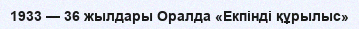
1933 — 36 жылдары Оралда «Екпінді құрылыс»